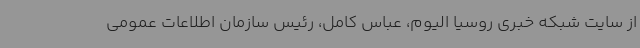
از سایت شبکه خبری روسیا الیوم، عباس کامل، رئیس سازمان اطلاعات عمومی